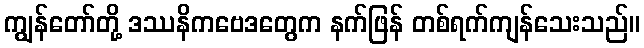
ကျွန်တော်တို့ ဒဿနိကဗေဒတွေက နက်ဖြန် တစ်ရက်ကျန်သေးသည်။